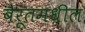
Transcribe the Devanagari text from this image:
बैरूतमधील